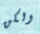
ولكن